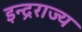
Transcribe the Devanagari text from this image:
इन्द्रराज्य